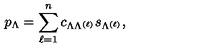
p _ { \Lambda } = \sum _ { \ell = 1 } ^ { n } c _ { \Lambda \Lambda ^ { ( \ell ) } } s _ { \Lambda ^ { ( \ell ) } } ,